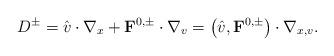
LaTeX: \begin{align*}D^\pm=\hat{v}\cdot\nabla_x+\mathbf{F}^{0,\pm}\cdot\nabla_v=\left(\hat{v},\mathbf F^{0,\pm}\right)\cdot\nabla_{x,v}.\end{align*}